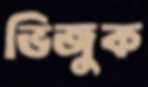
ভিজুক